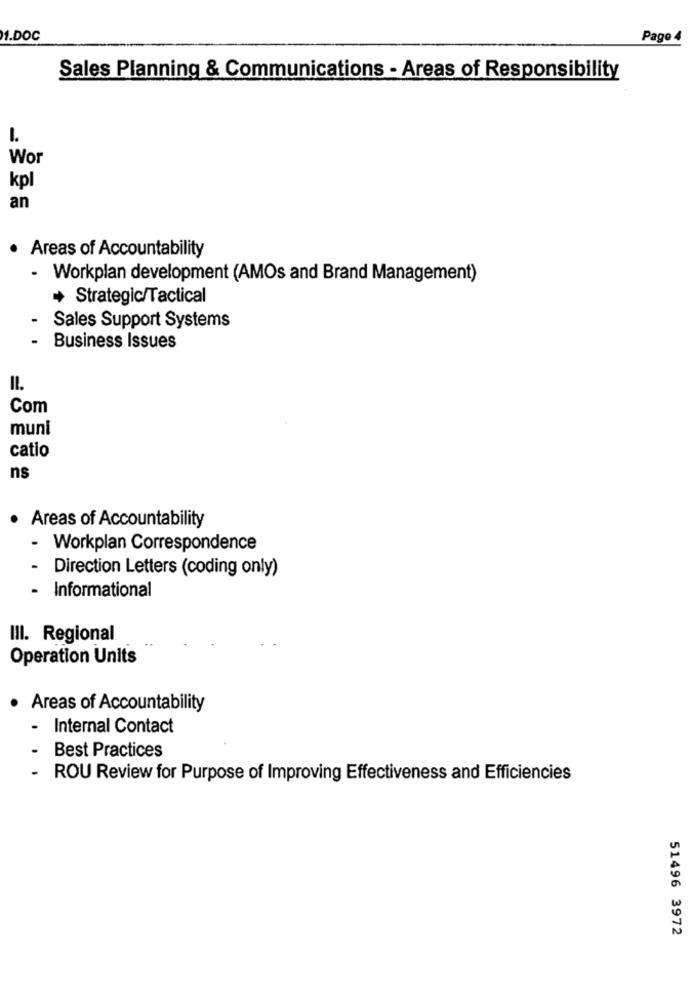
1.DOC
Page 4
Sales Planning & Communications - Areas of Responsibility
1.
Wor
kpl
an
· Areas of Accountability
- Workplan development (AMOs and Brand Management)
Strategic/Tactical
Sales Support Systems
Business Issues
IL.
Com
muni
catio
ns
· Areas of Accountability
- Workplan Correspondence
-
Direction Letters (coding only)
Informational
III. Regional
Operation Units
.
Areas of Accountability
-
Internal Contact
Best Practices
-
ROU Review for Purpose of Improving Effectiveness and Efficiencies
51496 3972